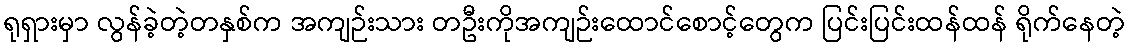
ရုရှားမှာ လွန်ခဲ့တဲ့တနှစ်က အကျဉ်းသား တဦးကိုအကျဉ်းထောင်စောင့်တွေက ပြင်းပြင်းထန်ထန် ရိုက်နေတဲ့